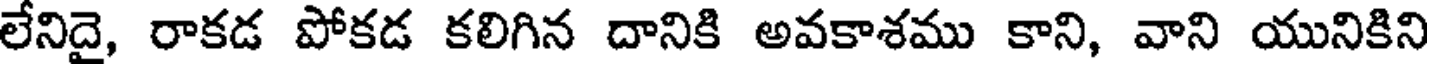
లేనిదై, రాకడ పోకడ కలిగిన దానికి అవకాశము కాని, వాని యునికిని